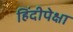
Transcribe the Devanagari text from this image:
हिंदीपेक्षा